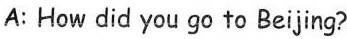
A: How did you go to Beijing?